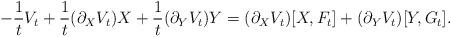
LaTeX: \begin{align*}-\frac{1}{t}V_t+\frac{1}{t}(\partial_X V_t)X+\frac 1 t(\partial_Y V_t)Y=(\partial_X V_t)[X,F_t]+(\partial_Y V_t)[Y,G_t].\end{align*}